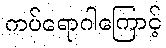
ကပ်ရောဂါကြောင့်